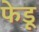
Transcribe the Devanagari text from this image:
फेडू